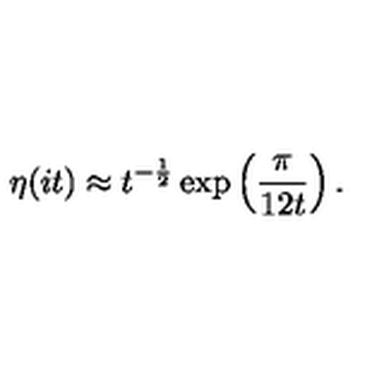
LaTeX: \eta ( i t ) \approx t ^ { - \frac { 1 } { 2 } } \exp \left( \frac { \pi } { 1 2 t } \right) .